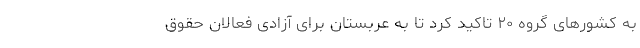
به کشورهای گروه ۲۰ تاکید کرد تا به عربستان برای آزادی فعالان حقوق